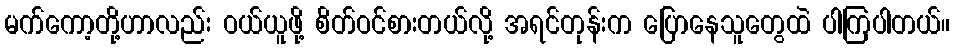
မက်ကော့တို့ဟာလည်း ဝယ်ယူဖို့ စိတ်ဝင်စားတယ်လို့ အရင်တုန်းက ပြောနေသူတွေထဲ ပါကြပါတယ်။